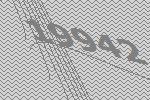
19942